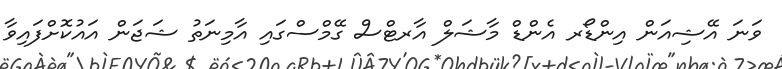
ވަނަ އޭޝިއަން އިންޑޯރ އެންޑް މާޝަލް އާރޓްސް ގޭމްސްގައި އާމިނަތު ޝަޖަން އައުކޮށްފައިވާ